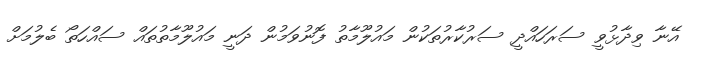
އޭނާ ވިދާޅުވީ ސަރަހައްދީ ސަރުކާރުތަކުން މައުލޫމާތު ފޮނުވަމުން ދަނީ މައުލޫމާތުތައް ސައްހަތޯ ބެލުމަށް